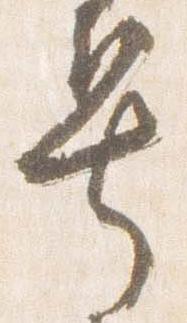
号